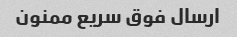
ارسال فوق سریع ممنون